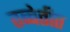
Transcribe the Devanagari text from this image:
तब्बेतीत